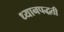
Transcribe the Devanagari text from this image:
ध्यानपद्धती